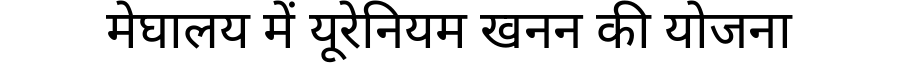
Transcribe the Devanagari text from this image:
मेघालय में यूरेनियम खनन की योजना